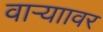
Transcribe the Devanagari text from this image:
वाऱ्याावर